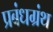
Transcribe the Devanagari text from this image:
प्रबंधग्रंथ